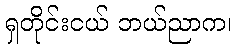
ရှတိုင်းငယ် ဘယ်ညာက၊